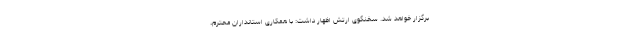
برگزار خواهد شد. سخنگوی ارتش اظهار داشت: با همکاری استانداران محترم،